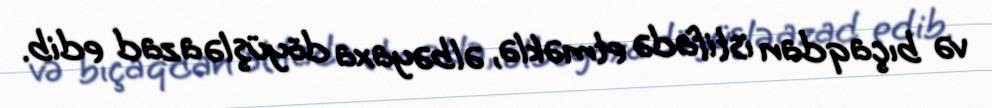
və bıçaqdan istifadə etməklə, əlbəyaxa döyüşlə azad edib.